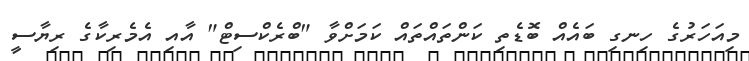
މިއަހަރުގެ ހިނގި ބައެއް ބޮޑެތި ކަންތައްތައް ކަމަށްވާ "ބްރެކްސިޓް" އާއި އެމެރިކާގެ ރިޔާސީ